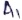
Text: A1